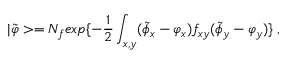
| \tilde { \varphi } > = N _ { f } e x p \{ - { \frac { 1 } { 2 } } \int _ { x , y } ( \tilde { \phi } _ { x } - \varphi _ { x } ) f _ { x y } ( \tilde { \phi } _ { y } - \varphi _ { y } ) \} \; ,